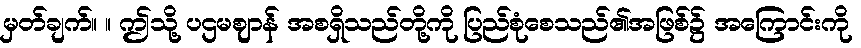
မှတ်ချက်။ ။ ဤသို့ ပဌမဈာန် အစရှိသည်တို့ကို ပြည်စုံစေသည်၏အဖြစ်၌ အကြောင်းကို